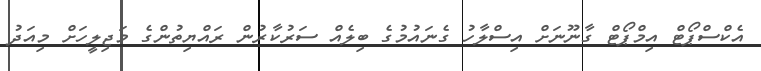
އެކްސްޕޯޓް އިމްޕޯޓް ގާނޫނަށް އިސްލާހު ގެނައުމުގެ ބިލެއް ސަރުކާރުން ރައްޔިތުންގެ މަޖިލީހަށް މިއަދު